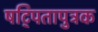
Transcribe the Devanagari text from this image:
षट्पितापुत्रक